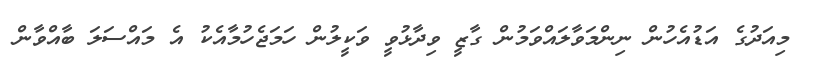
މިއަދުގެ އަޑުއެހުން ނިންމަވާލައްވަމުން ގާޒީ ވިދާޅުވީ ވަކީލުން ހަމަޖެހުމާއެކު އެ މައްސަލަ ބާއްވާން